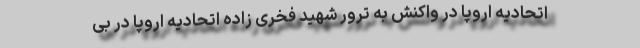
اتحادیه اروپا در واکنش به ترور شهید فخری زاده اتحادیه اروپا در بی